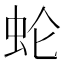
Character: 𰲰